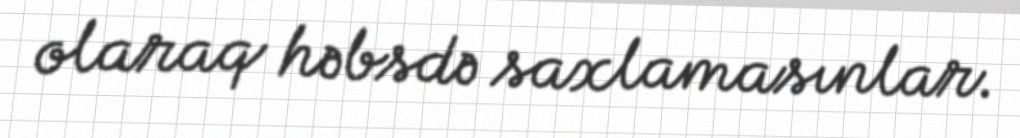
olaraq həbsdə saxlamasınlar.